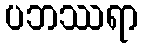
ပဘဿရာ